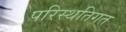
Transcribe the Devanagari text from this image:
परिस्थतिगत